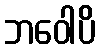
ဘဝေါပိ